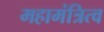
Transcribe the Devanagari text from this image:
महामंत्रित्व